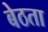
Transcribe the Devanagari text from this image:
बेठता